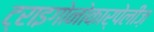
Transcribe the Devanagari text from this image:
ट्राइगोनोकार्पेलीज़